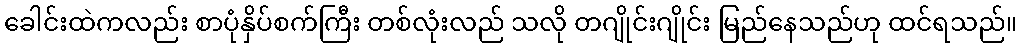
ခေါင်းထဲကလည်း စာပုံနှိပ်စက်ကြီး တစ်လုံးလည် သလို တဂျိုင်းဂျိုင်း မြည်နေသည်ဟု ထင်ရသည်။